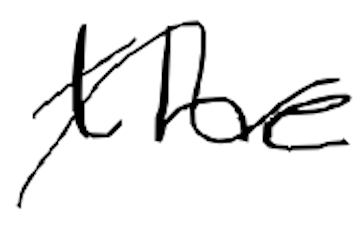
Text: the
Cross-out: wave
Writing tool: digital_black